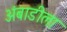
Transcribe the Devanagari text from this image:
अंबाडीला